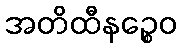
အတိထီနဉ္စေဝ